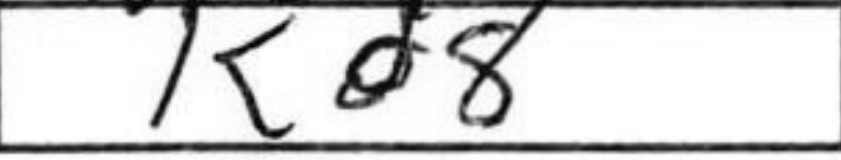
Transcription: Kd8